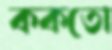
ককতো